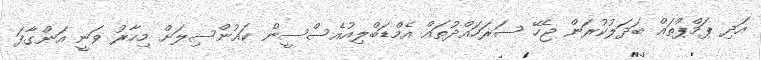
އަދި ޕަމްޕްތައް ބަދަލުކުރަން ޖެހޭ ސަރަހައްދުތައް އެމްޑަބްލިއުއެސްސީން ކައުންސިލަށް މިހާރު ވަނީ އަންގާފަ